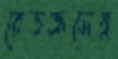
রেডক্রসের